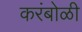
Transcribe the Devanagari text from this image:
करंबोळी